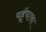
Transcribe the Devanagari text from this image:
पहूॅचाना